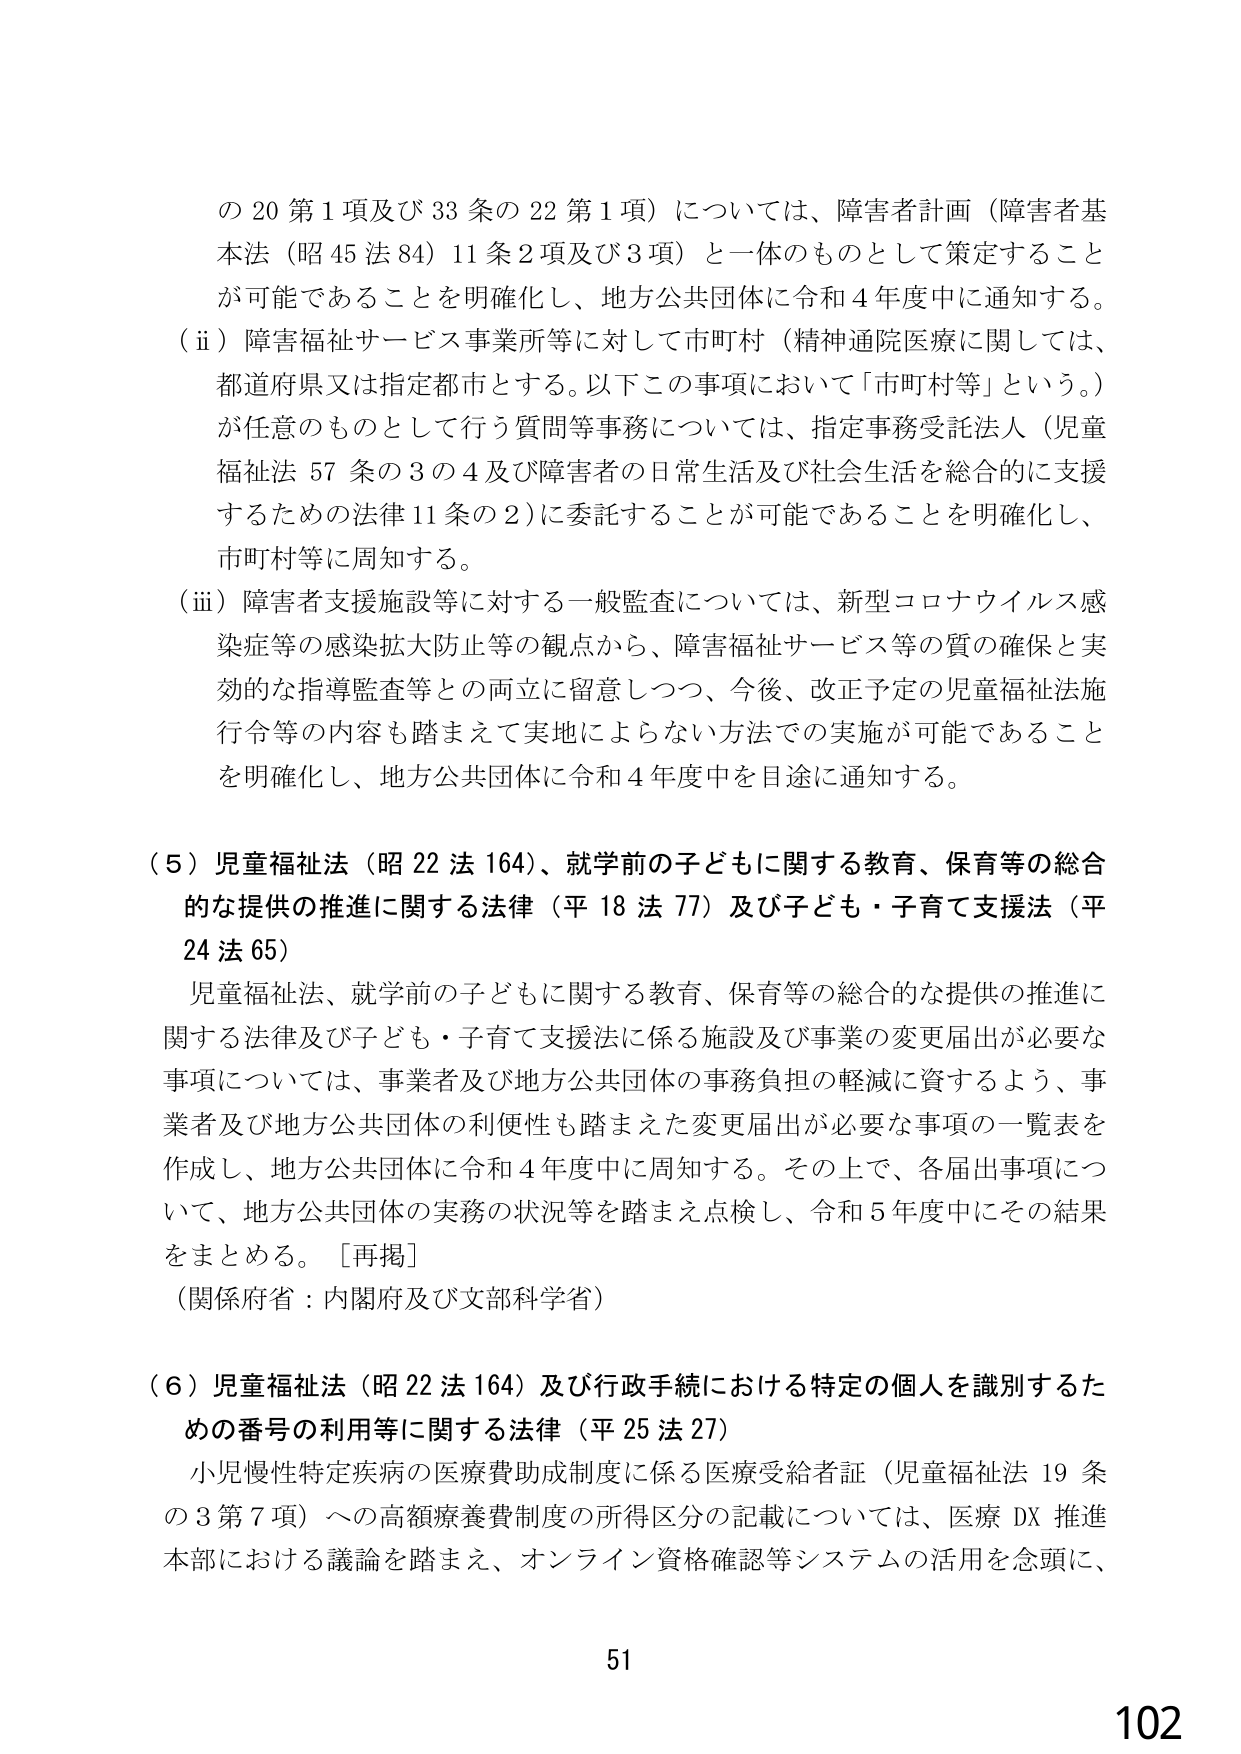
の20第1項及び33条の22第1項）については、障害者計画（障害者基本法（昭45法84）11条2項及び3項）と一体のものとして策定することが可能であることを明確化し、地方公共団体に令和4年度中に通知する。

（ii）障害福祉サービス事業所等に対して市町村（精神通院医療に関しては、都道府県又は指定都市とする。以下この事項において「市町村等」という。）が任意のものとして行う質問等事務については、指定事務受託法人（児童福祉法57条の3の4及び障害者の日常生活及び社会生活を総合的に支援するための法律11条の2）に委託することが可能であることを明確化し、市町村等に周知する。

（iii）障害者支援施設等に対する一般監査については、新型コロナウイルス感染症等の感染拡大防止等の観点から、障害福祉サービス等の質の確保と実効的な指導監査等との両立に留意しつつ、今後、改正予定の児童福祉法施行令等の内容も踏まえて実地によらない方法での実施が可能であることを明確化し、地方公共団体に令和4年度中を目途に通知する。

（5）児童福祉法（昭22法164）、就学前の子どもに関する教育、保育等の総合的な提供の推進に関する法律（平18法77）及び子ども・子育て支援法（平24法65）

児童福祉法、就学前の子どもに関する教育、保育等の総合的な提供の推進に関する法律及び子ども・子育て支援法に係る施設及び事業の変更届出が必要な事項については、事業者及び地方公共団体の事務負担の軽減に資するよう、事業者及び地方公共団体の利便性も踏まえた変更届出が必要な事項の一覧表を作成し、地方公共団体に令和4年度中に周知する。その上で、各届出事項について、地方公共団体の実務の状況等を踏まえ点検し、令和5年度中にその結果をまとめる。［再掲］

（関係府省：内閣府及び文部科学省）

（6）児童福祉法（昭22法164）及び行政手続における特定の個人を識別するための番号の利用等に関する法律（平25法27）

小児慢性特定疾病の医療費助成制度に係る医療受給者証（児童福祉法19条の3第7項）への高額療養費制度の所得区分の記載については、医療DX推進本部における議論を踏まえ、オンライン資格確認等システムの活用を念頭に、

51

102